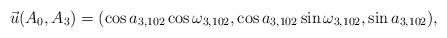
LaTeX: \begin{align*}\vec {u}(A_{0},A_{3})=(\cos a_{3,102} \cos\omega_{3,102},\cos a_{3,102} \sin\omega_{3,102},\sin a_{3,102} ),\end{align*}